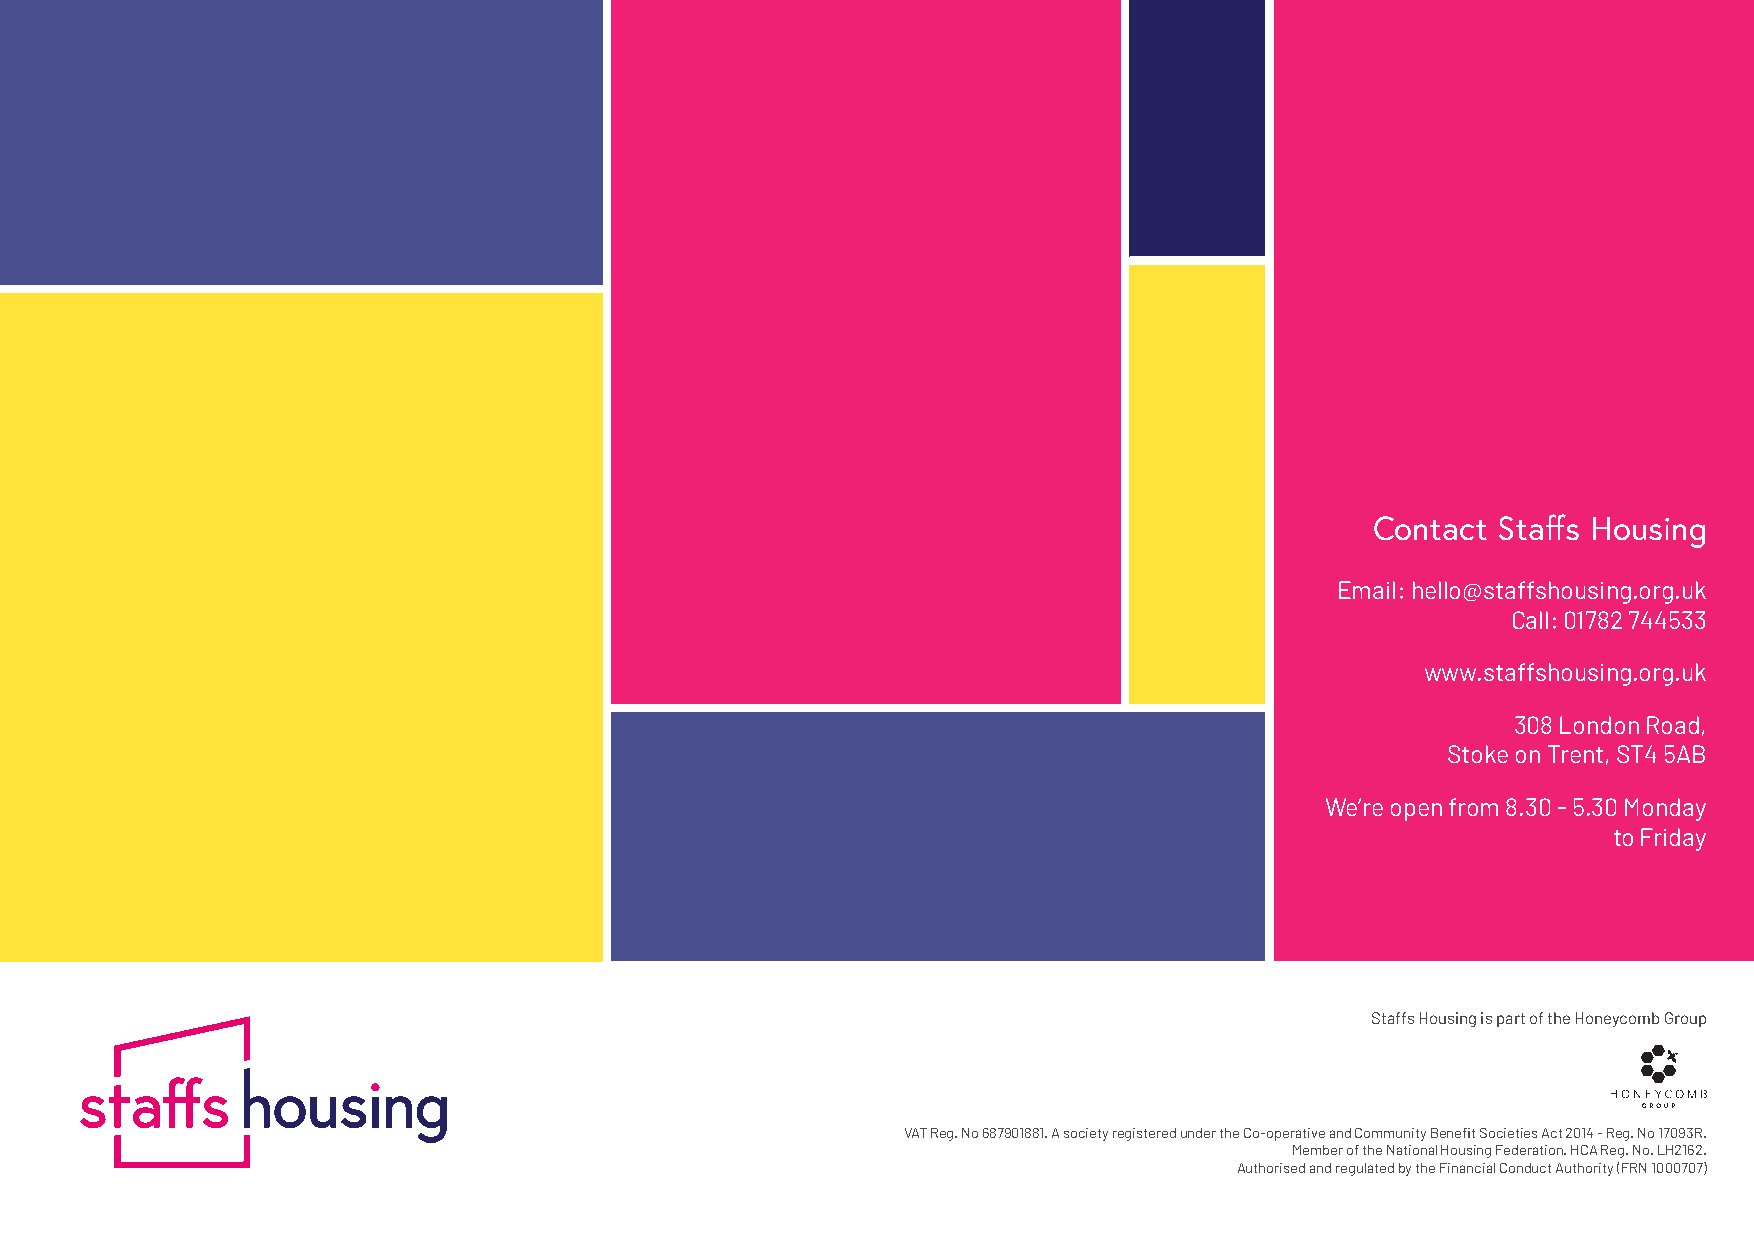
Contact Staffs Housing
 Email: hello@staffshousing.org.uk
 Call: 01782 744533
 www.staffshousing.org.uk
 308 London Road,
 Stoke on Trent, ST4 5AB
 We’re open from 8.30 - 5.30 Monday
 to Friday
 Staffs Housing is part of the Honeycomb Group
 VAT Reg. No 687901881. A society registered under the Co-operative and Community Benefit Societies Act 2014 - Reg. No 17093R.
 Member of the National Housing Federation. HCA Reg. No. LH2162.
 Authorised and regulated by the Financial Conduct Authority (FRN 1000707)